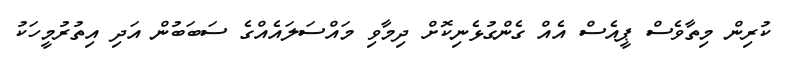
ކުރިން މިތާވެސް ޕީއެސް އެއް ގެންގުޅެނިކޮށް ދިމާވި މައްސަލައެއްގެ ސަބަބުން އަދި އިތުރުމީހަކު